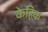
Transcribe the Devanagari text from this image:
केहिक